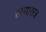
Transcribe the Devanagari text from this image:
हत्यासत्र